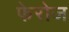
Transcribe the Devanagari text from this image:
फेरोज